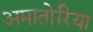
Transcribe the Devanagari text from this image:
अमातोरिया